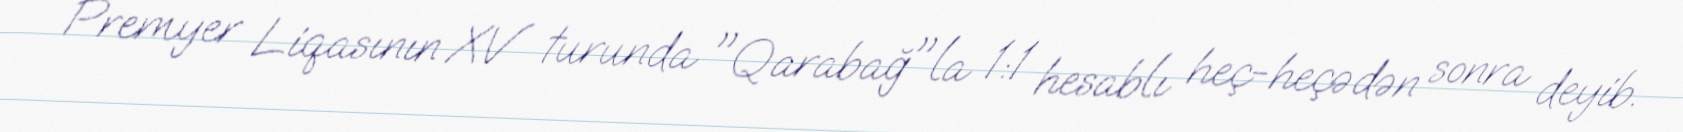
Premyer Liqasının XV turunda "Qarabağ"la 1:1 hesablı heç-heçədən sonra deyib.